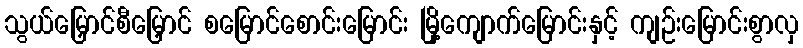
သွယ်မြှောင်စီမြှောင် စမြောင်စောင်းမြောင်း မြို့ကျောက်မြောင်းနှင့် ကျဉ်းမြောင်းစွာလှ